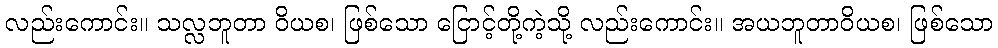
လည်းကောင်း။ သလ္လဘူတာ ဝိယစ၊ ဖြစ်သော ငြောင့်တို့ကဲ့သို့ လည်းကောင်း။ အယဘူတာဝိယစ၊ ဖြစ်သော